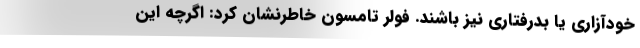
خودآزاری یا بدرفتاری نیز باشند. فولر تامسون خاطرنشان کرد: اگرچه این